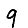
Digit: 9